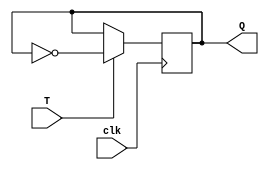
module T_flipflop(
    input wire T,
    input wire clk,
    output reg Q
);

always @(posedge clk) begin
    if (T == 1'b1) begin
        Q <= ~Q;
    end
end

endmodule